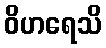
ဝိဟရေသိ